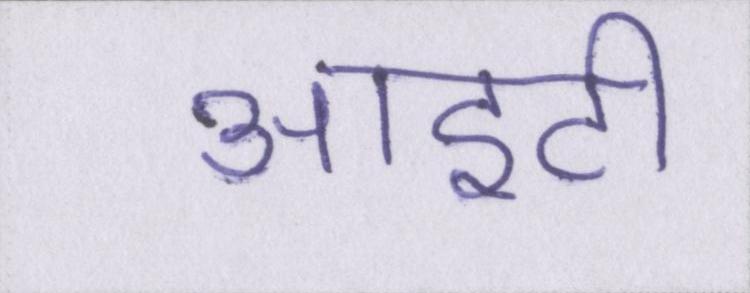
आईटी